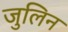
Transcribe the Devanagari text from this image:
जुलिन